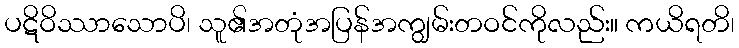
ပဋိဝိဿာသောပိ၊ သူ၏အတုံအပြန်အကျွမ်းတဝင်ကိုလည်း။ ကယိရတိ၊